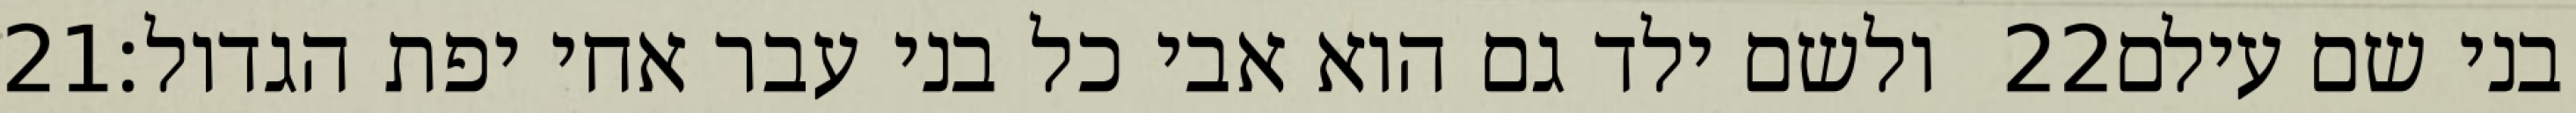
‎21‏ ולשם ילד גם הוא אבי כל בני עבר אחי יפת הגדול׃ ‎22‏ בני שם עילם